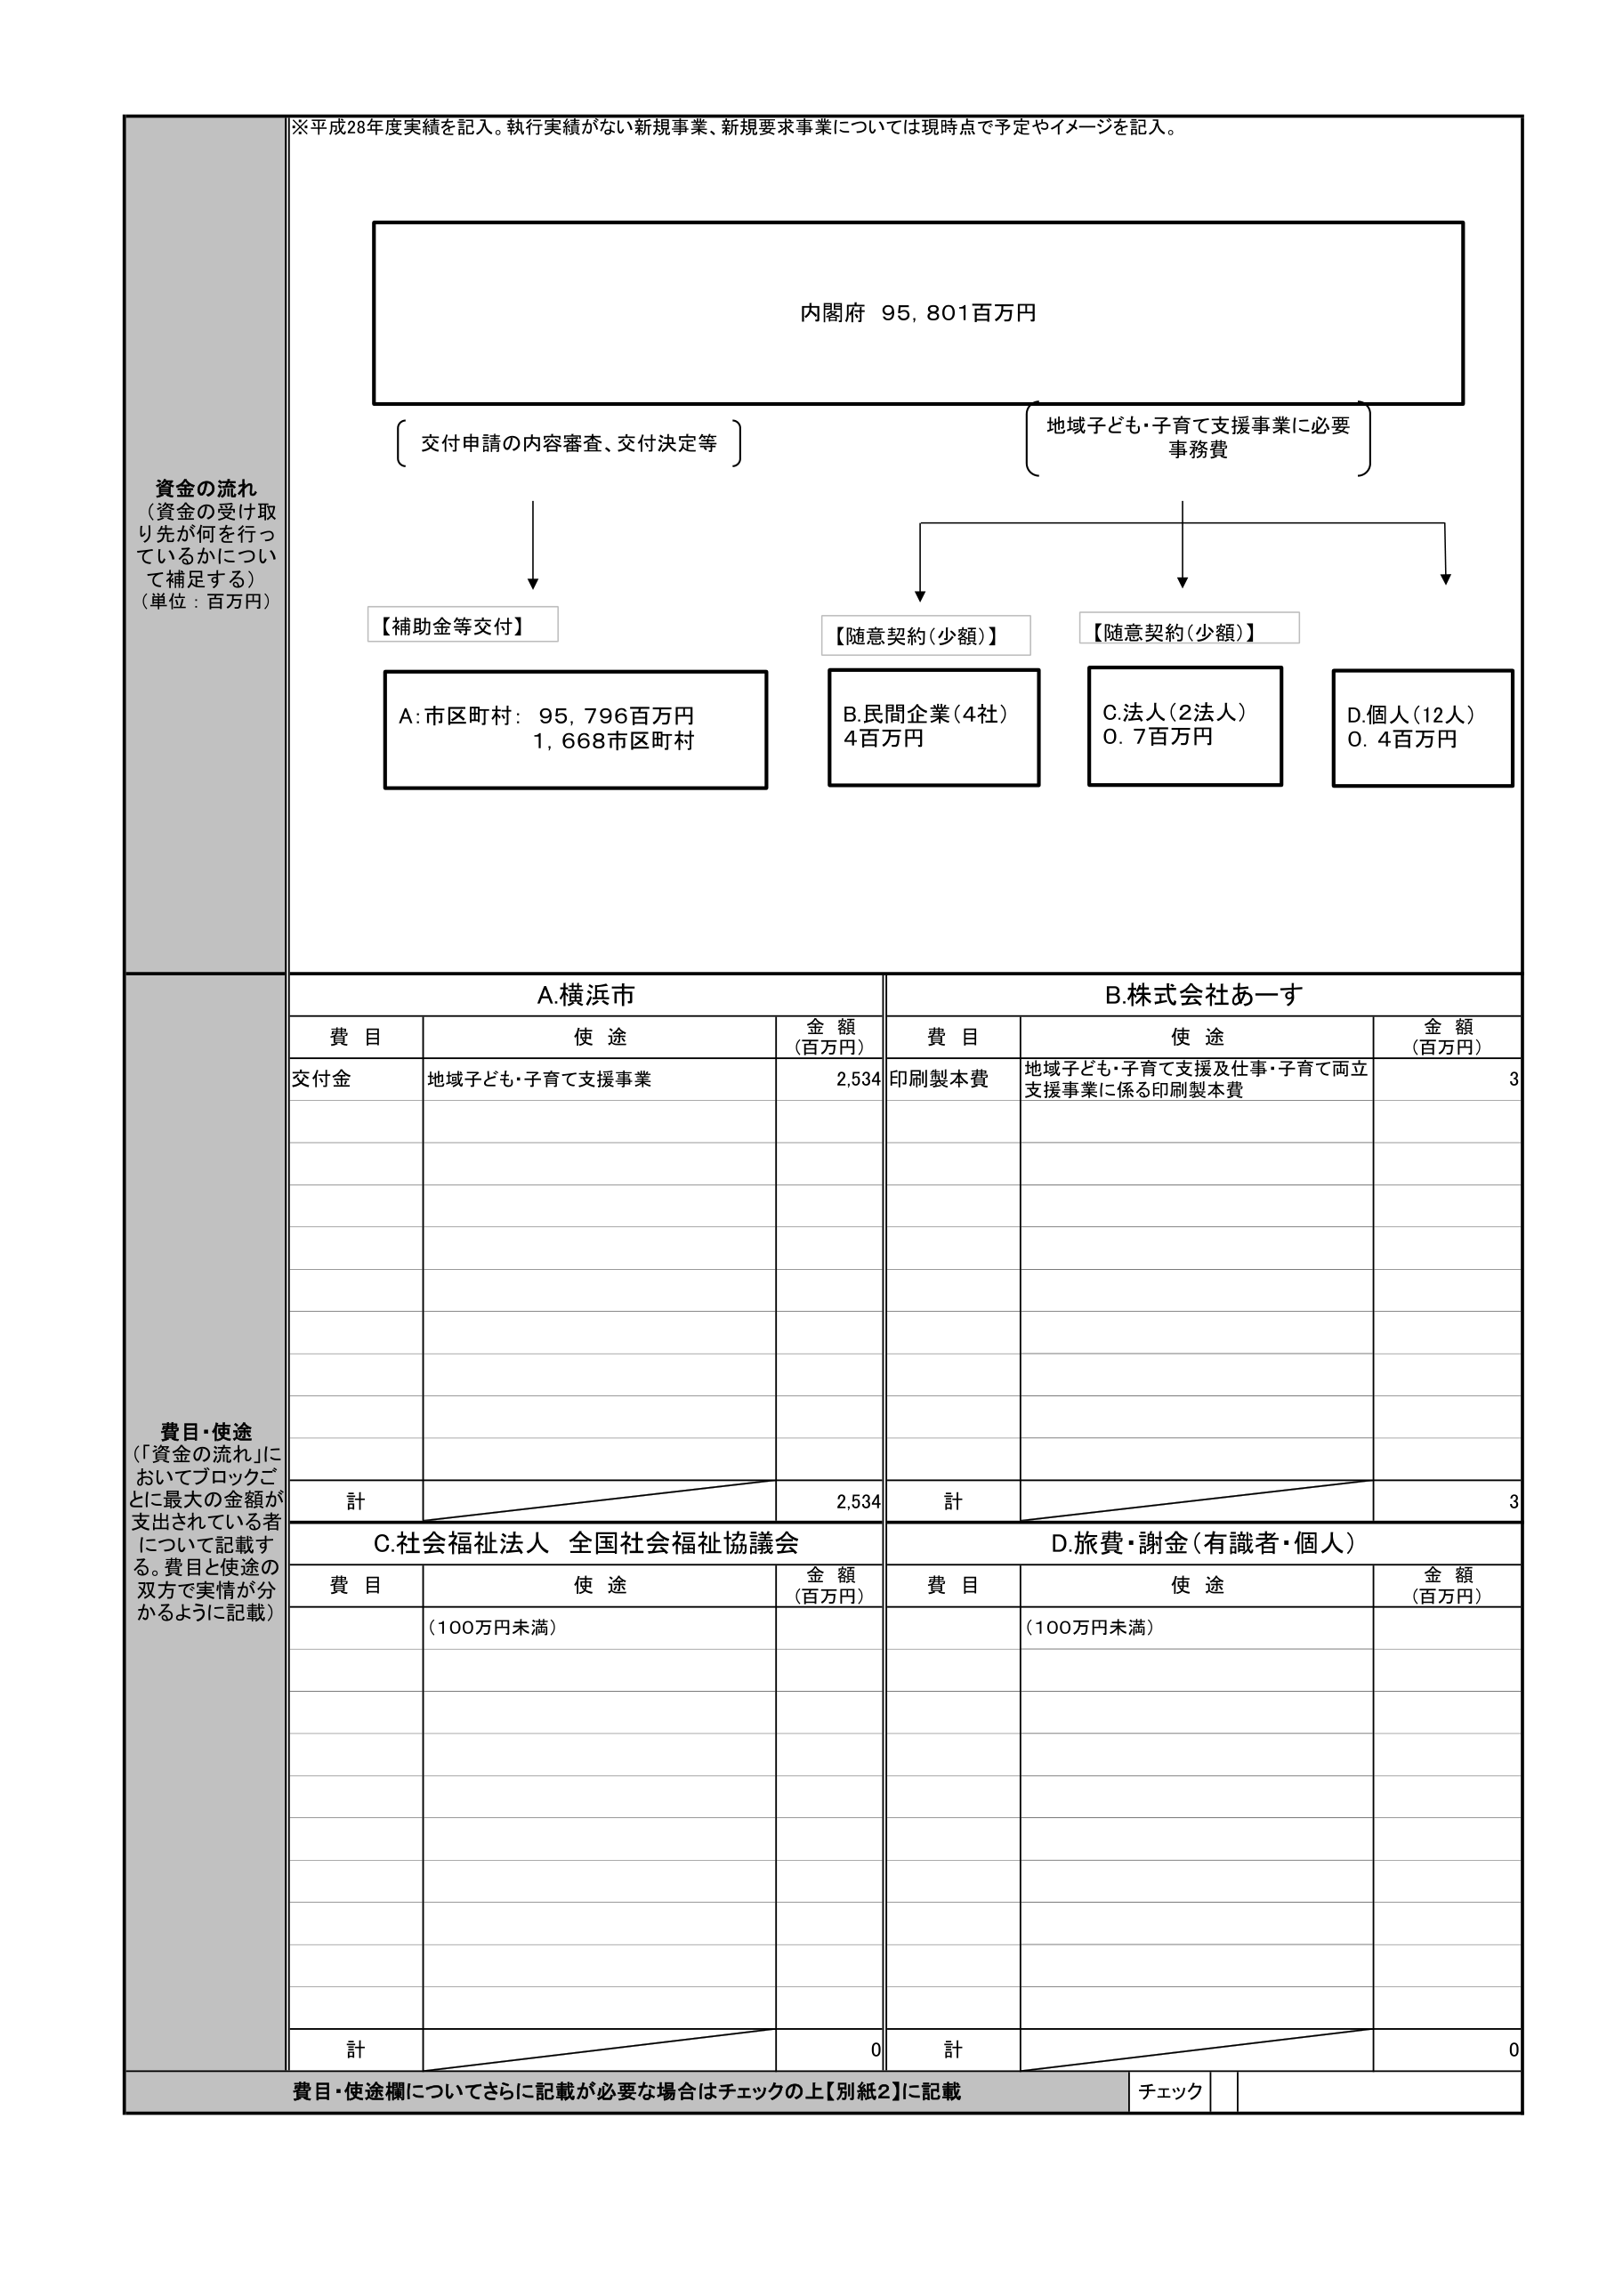
※平成28年度実績を記入。執行実績がない新規事業、新規要求事業については現時点で予定やイメージを記入。

資金の流れ
（資金の受け取り先が何を行っているかについて補足する）
（単位：百万円）

内閣府 95,801百万円

交付申請の内容審査、交付決定等

地域子ども・子育て支援事業に必要
事務費

【補助金等交付】
A:市区町村：95,796百万円
1,668市区町村

【随意契約（少額）】
B.民間企業（4社）
4百万円

【随意契約（少額）】
C.法人（2法人）
0.7百万円

D.個人（12人）
0.4百万円

費目・使途
（「資金の流れ」においてブロックごとに最大の金額が支出されている者について記載する。費目と使途の双方で実情が分かるように記載）

A.横浜市
費目　　　　使途　　　　　　　　　　　金額（百万円）
交付金　　地域子ども・子育て支援事業　　　2,534
　　　　　　　　　　　　　　　　　　　　計　　　　　　　　　　　　　　2,534

B.株式会社あーす
費目　　　　使途　　　　　　　　　　　金額（百万円）
印刷製本費　地域子ども・子育て支援及仕事・子育て両立支援事業に係る印刷製本費　3
　　　　　　　　　　　　　　　　　　　　計　　　　　　　　　　　　　　3

C.社会福祉法人 全国社会福祉協議会
費目　　　　使途　　　　　　　　　　　金額（百万円）
　　　　　　（100万円未満）
　　　　　　　　　　　　　　　　　　　　計　　　　　　　　　　　　　　0

D.旅費・謝金（有識者・個人）
費目　　　　使途　　　　　　　　　　　金額（百万円）
　　　　　　（100万円未満）
　　　　　　　　　　　　　　　　　　　　計　　　　　　　　　　　　　　0

費目・使途欄についてさらに記載が必要な場合はチェックの上【別紙2】に記載
チェック